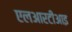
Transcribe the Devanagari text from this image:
एलआरटीआइ